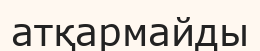
атқармайды